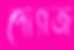
পোগজ